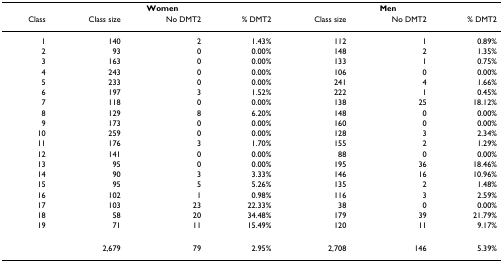
|  | <COLSPAN=3> Women | <COLSPAN=3> Men |
 | Class | Class size | No DMT2 | % DMT2 | Class size | No DMT2 | % DMT2 |
 | --- | --- | --- | --- | --- | --- | --- |
 | 1 | 140 | 2 | 1.43% | 112 | 1 | 0.89% |
 | 2 | 93 | 0 | 0.00% | 148 | 2 | 1.35% |
 | 3 | 163 | 0 | 0.00% | 133 | 1 | 0.75% |
 | 4 | 243 | 0 | 0.00% | 106 | 0 | 0.00% |
 | 5 | 233 | 0 | 0.00% | 241 | 4 | 1.66% |
 | 6 | 197 | 3 | 1.52% | 222 | 1 | 0.45% |
 | 7 | 118 | 0 | 0.00% | 138 | 25 | 18.12% |
 | 8 | 129 | 8 | 6.20% | 148 | 0 | 0.00% |
 | 9 | 173 | 0 | 0.00% | 160 | 0 | 0.00% |
 | 10 | 259 | 0 | 0.00% | 128 | 3 | 2.34% |
 | 11 | 176 | 3 | 1.70% | 155 | 2 | 1.29% |
 | 12 | 141 | 0 | 0.00% | 88 | 0 | 0.00% |
 | 13 | 95 | 0 | 0.00% | 195 | 36 | 18.46% |
 | 14 | 90 | 3 | 3.33% | 146 | 16 | 10.96% |
 | 15 | 95 | 5 | 5.26% | 135 | 2 | 1.48% |
 | 16 | 102 | 1 | 0.98% | 116 | 3 | 2.59% |
 | 17 | 103 | 23 | 22.33% | 38 | 0 | 0.00% |
 | 18 | 58 | 20 | 34.48% | 179 | 39 | 21.79% |
 | 19 | 71 | 11 | 15.49% | 120 | 11 | 9.17% |
 |  | 2,679 | 79 | 2.95% | 2,708 | 146 | 5.39% |